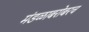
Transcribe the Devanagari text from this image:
मंडळाबरोबरच